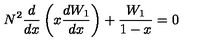
N ^ { 2 } \frac { d } { d x } \left( x \frac { d W _ { 1 } } { d x } \right) + \frac { W _ { 1 } } { 1 - x } = 0